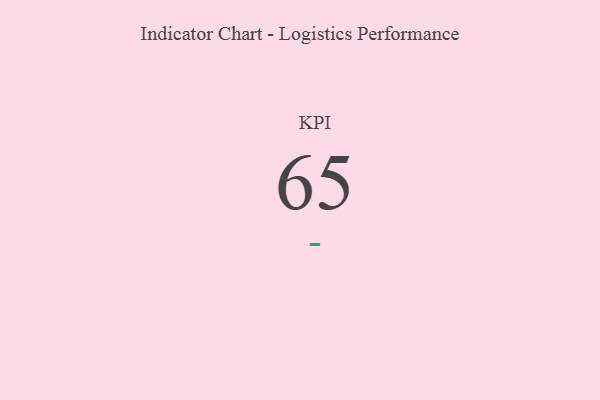
{"axis": {"x": "KPI", "y": "Value"}, "legend": [""], "data": [{"x": "KPI", "y": 65, "type": ""}]}